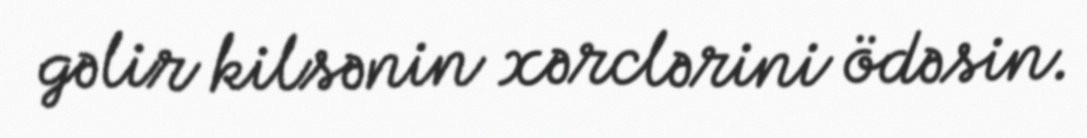
gəlir kilsənin xərclərini ödəsin.